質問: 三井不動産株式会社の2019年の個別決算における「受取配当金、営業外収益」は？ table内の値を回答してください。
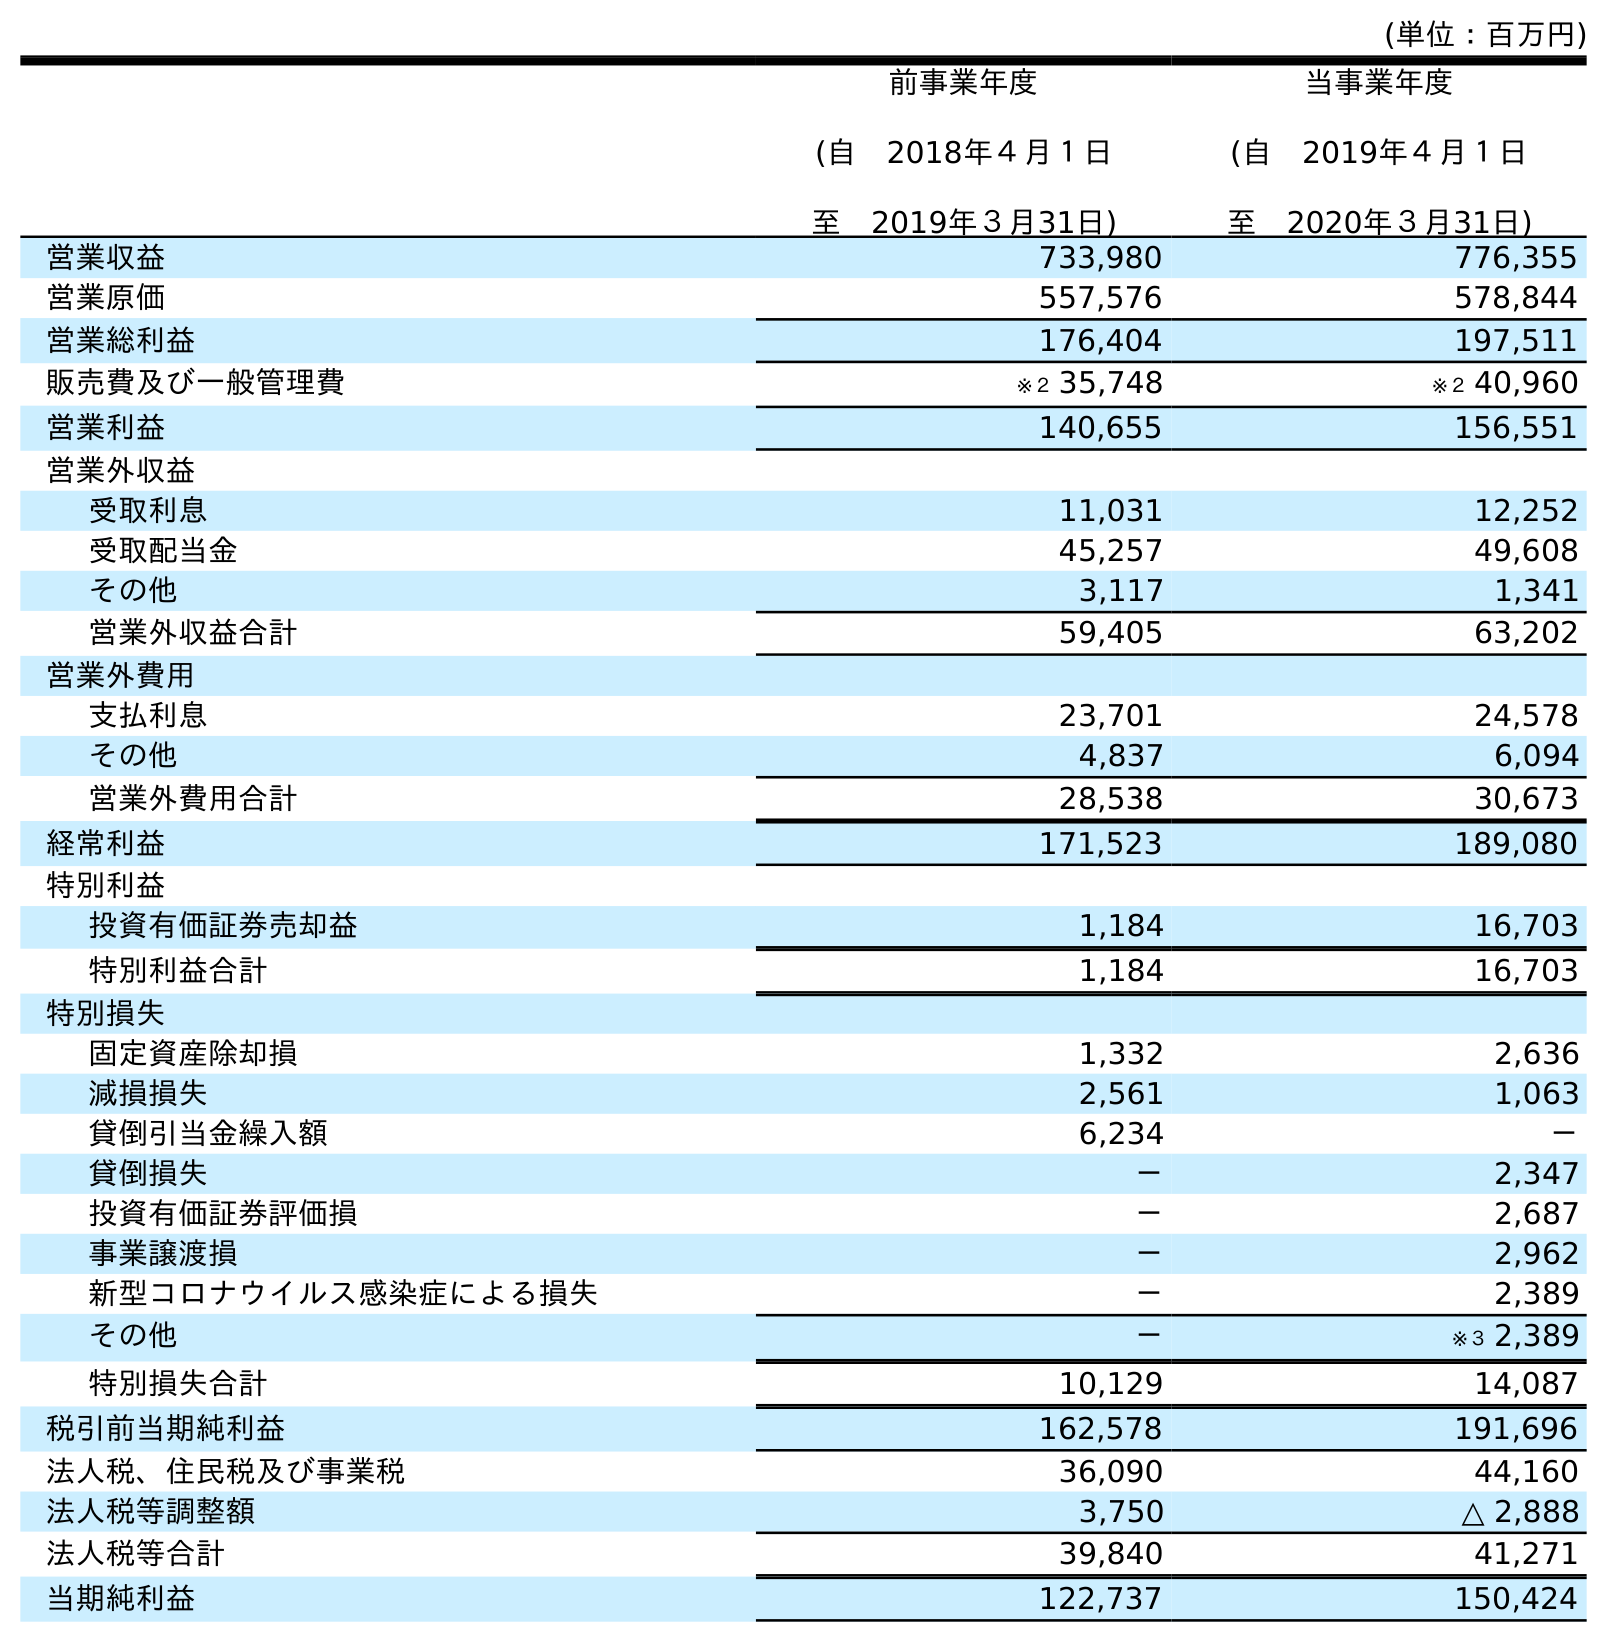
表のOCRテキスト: (単位：百万円) 前事業年度 (自 2018年４月１日 至 2019年３月31日) 当事業年度 (自 2019年４月１日 至 2020年３月31日) 営業収益 733,980 776,355 営業原価 557,576 578,844 営業総利益 176,404 197,511 販売費及び一般管理費 ※２ 35,748 ※２ 40,960 営業利益 140,655 156,551 営業外収益 受取利息 11,031 12,252 受取配当金 45,257 49,608 その他 3,117 1,341 営業外収益合計 59,405 63,202 営業外費用 支払利息 23,701 24,578 その他 4,837 6,094 営業外費用合計 28,538 30,673 経常利益 171,523 189,080 特別利益 投資有価証券売却益 1,184 16,703 特別利益合計 1,184 16,703 特別損失 固定資産除却損 1,332 2,636 減損損失 2,561 1,063 貸倒引当金繰入額 6,234 － 貸倒損失 － 2,347 投資有価証券評価損 － 2,687 事業譲渡損 － 2,962 新型コロナウイルス感染症による損失 － 2,389 その他 － ※３ 2,389 特別損失合計 10,129 14,087 税引前当期純利益 162,578 191,696 法人税、住民税及び事業税 36,090 44,160 法人税等調整額 3,750 △ 2,888 法人税等合計 39,840 41,271 当期純利益 122,737 150,424
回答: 45,257